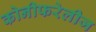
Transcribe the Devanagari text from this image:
कोनीफरेलीज